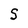
Character: S